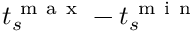
t _ { { s } } ^ { \mathrm { ~ m ~ a ~ x ~ } } - t _ { { s } } ^ { \mathrm { ~ m ~ i ~ n ~ } }